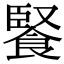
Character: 𩜬